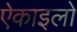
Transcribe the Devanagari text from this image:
ऐकाइलो